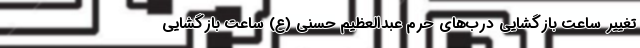
تغییر ساعت بازگشایی درب‌های حرم عبدالعظیم حسنی (ع) ساعت بازگشایی